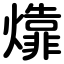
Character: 㸆